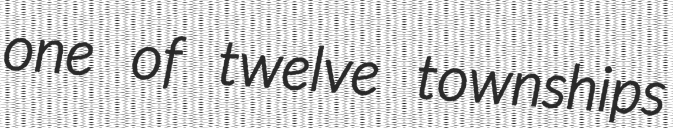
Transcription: one of twelve townships